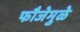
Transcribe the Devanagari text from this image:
फौजेमुळे